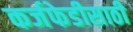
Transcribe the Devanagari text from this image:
कर्जफेडीसाठी